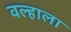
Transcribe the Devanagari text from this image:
वल्हाला